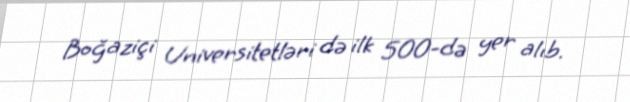
Boğaziçi Universitetləri də ilk 500-də yer alıb.